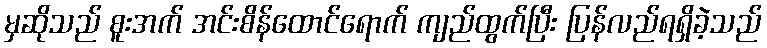
မှဆိုသည် စူးအက် အင်းစိန်ထောင်ရောက် ကျည်ထွက်ပြီး ပြန်လည်ရရှိခဲ့သည်